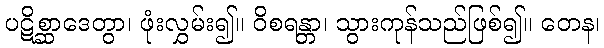
ပဋိစ္ဆာဒေတွာ၊ ဖုံးလွှမ်း၍။ ဝိစရန္တာ၊ သွားကုန်သည်ဖြစ်၍။ တေန၊